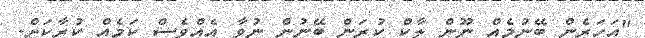
"އަހަރެން ބޭނުމެއް ނޫން ލާކް ކުރަން ބޭނުން ނުވާ އެއްވެސް ކަމެއް ކުރާކަށް.